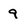
Character: 9